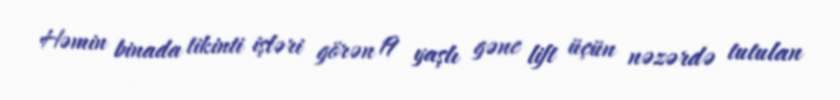
Həmin binada tikinti işləri görən 19 yaşlı gənc lift üçün nəzərdə tutulan